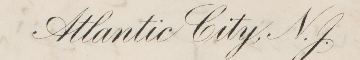
Atlantic City, N.J.